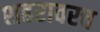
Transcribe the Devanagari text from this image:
शहरावरच